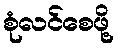
စုံလင်စေဖို့